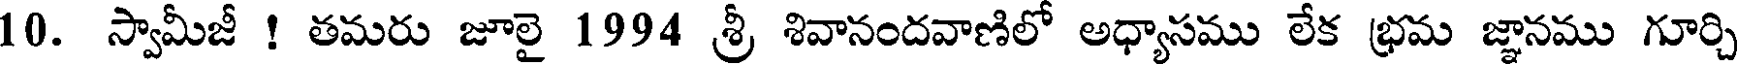
10. స్వామీజీ ! తమరు జూలై 1994 శ్రీ శివానందవాణిలో అధ్యాసము లేక భ్రమ జ్ఞానము గూర్చి